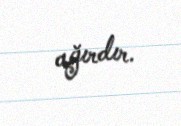
ağırdır.